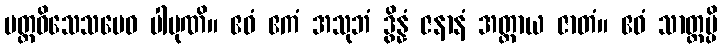
ပတ္တဝိသေသမေဝ ပါပုဏိ။ ဧဝံ ဧကံ အသုဘံ ဒွိန္နံ ဇနာနံ အတ္ထာယ ဇာတံ။ ဧဝံ သာတ္ထမ္ပိ